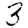
Digit: 3